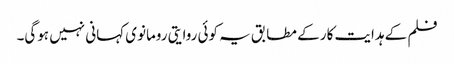
فلم کے ہدایت کار کے مطابق یہ کوئی روایتی رومانوی کہانی نہیں ہوگی۔